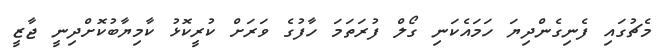
މެޗުގައި ފެނިގެންދިޔަ ހަމައެކަނި ގޯލް ފުރަތަމަ ހާފުގެ ވަރަށް ކުރީކޮޅު ކާމިޔާބުކޮށްދިނީ ޖާޒީ